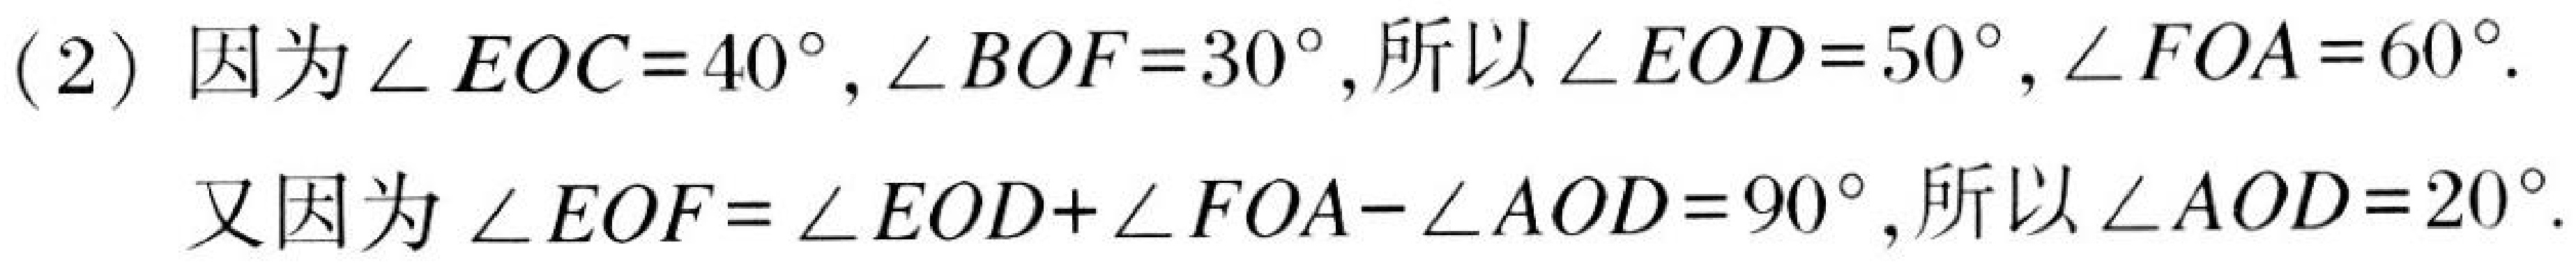
(2) 因为$\angle EOC = 40^{\circ},\angle BOF = 30^{\circ}$,所以$\angle EOD = 50^{\circ},\angle FOA = 60^{\circ}$.
又因为$\angle EOF=\angle EOD+\angle FOA-\angle AOD = 90^{\circ}$,所以$\angle AOD = 20^{\circ}$.